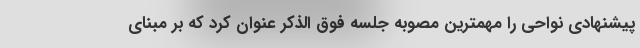
پیشنهادی نواحی را مهمترین مصوبه جلسه فوق الذکر عنوان کرد که بر مبنای